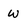
Character: w